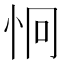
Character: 𪫪